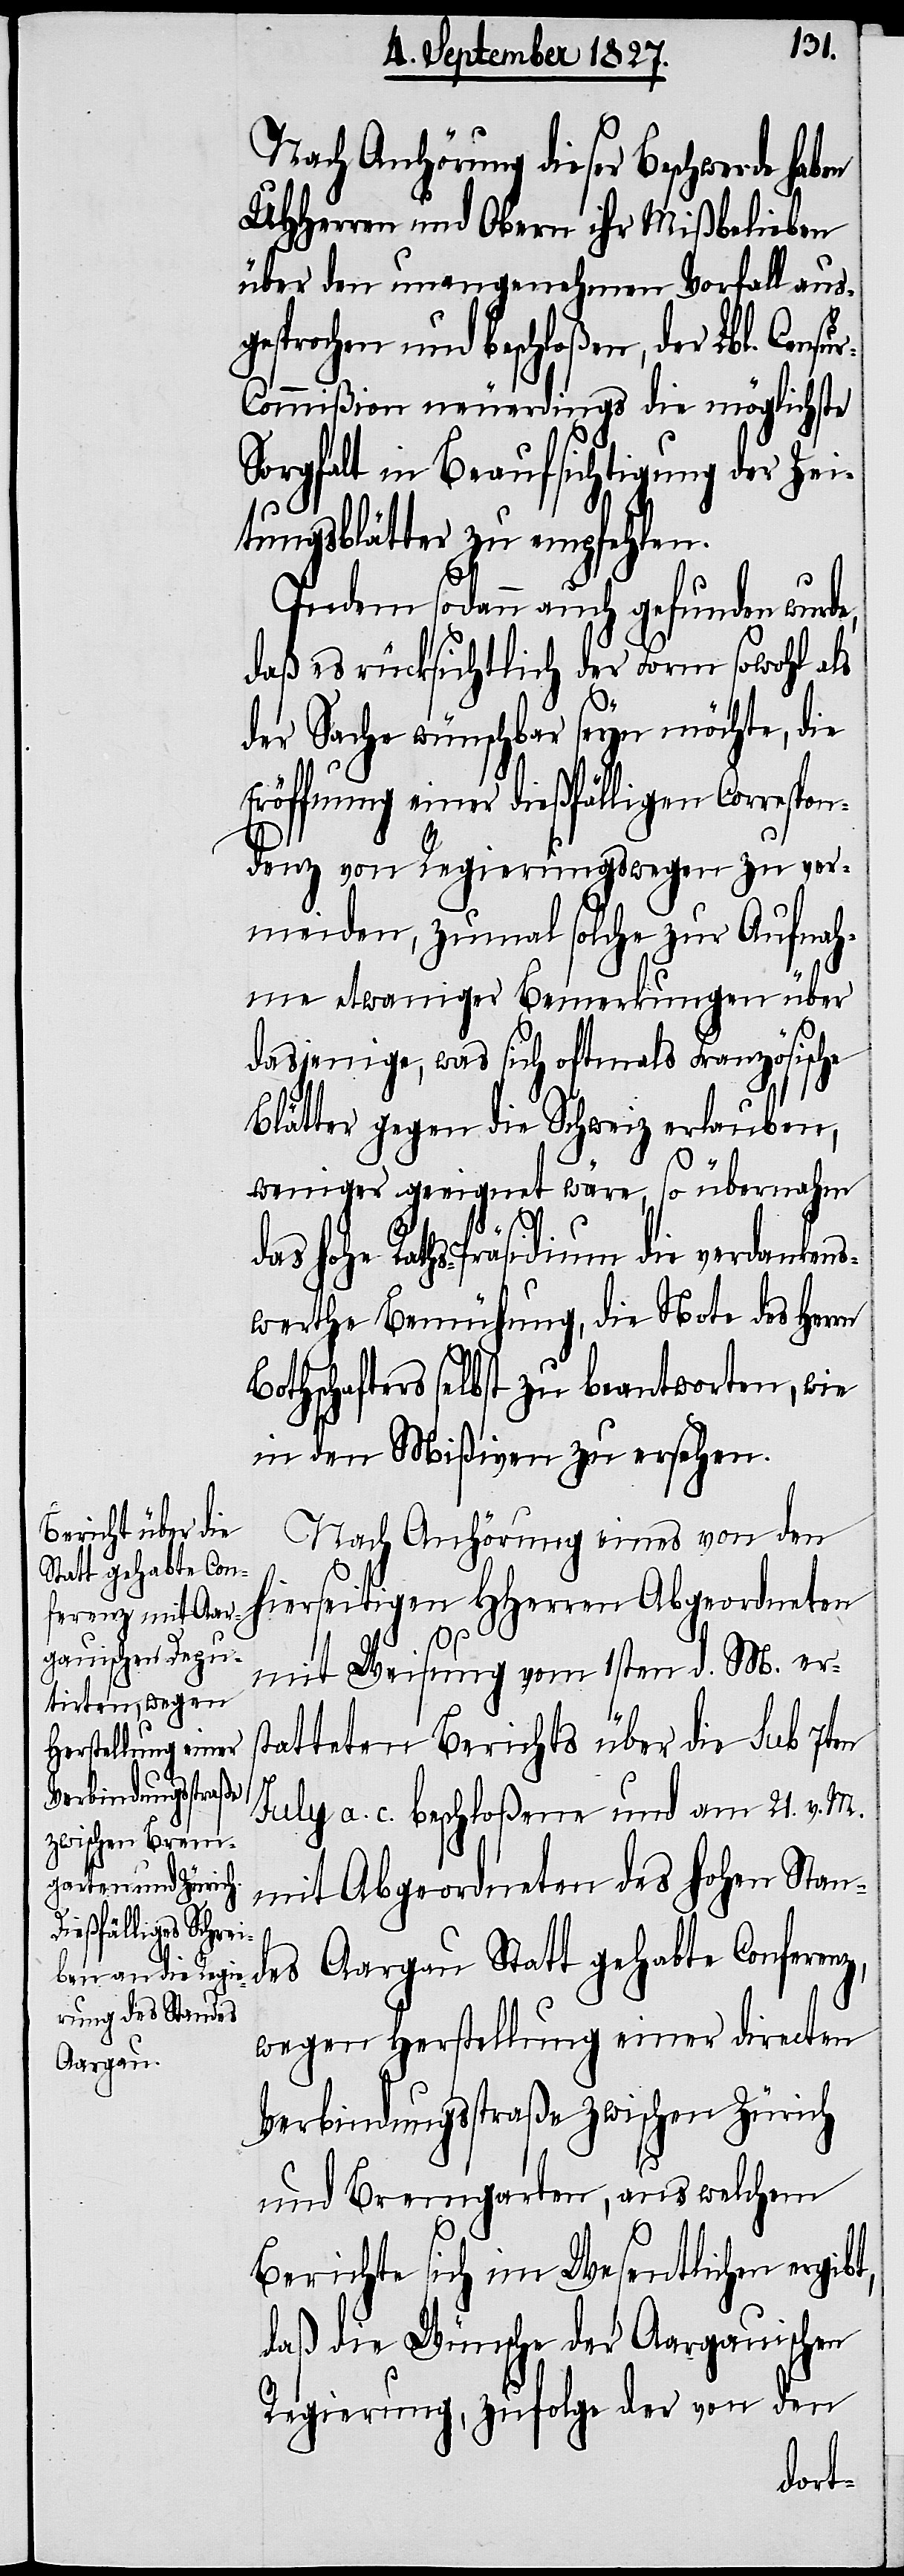
t,

Nach Anhörung dieser Beschwerde haben
UHHerren und Obern ihr Mißbelieben
über den unangenehmen Vorfall aus¬
gesprochen und beschloßen, der Lbl. Censu¬
r-Commißion neuerdings die möglichste
Sorgfalt in Beaufsichtigung der Zei¬
tungsblätter zu empfehlen.
Indem sodann auch gefunden wurde,
daß es rücksichtlich der Form sowohl als
der Sache wünschbar seyn möchte, die
Eröffnung einer dießfälligen Correspon¬
denz von Regierungswegen zu ver¬
meiden, zumal solche zur Aufnah¬
me etwaniger Bemerkungen über
dasjenige, was sich oftmals Französische
Blätter gegen die Schweiz erlauben,
weniger geeignet wäre, so übernahm
das hohe Raths-Präsidium die verdankens¬
werthe Bemühung, die Note des Herrn
Bothschafters selbst zu beantworten, wie
in den Mißiven zu ersehen.
Nach Anhörung eines von den
seitigen HHerren Abgeordneten
hier¬
mit Weisung vom 1sten d. M. er¬
statteten Berichts über die sub 7ten
July a. c. beschloßene und am 21. v. M.
mit Abgeordneten des hohen Stan¬
des Aargau Statt gehabte Conferenz,
wegen Herstellung einer directen
Verbindungsstraße zwischen Zürich
und Bremgarten, aus welchem
Berichte sich im Wesentlichen ergib¬
daß die Wünsche der Aargauischen
Regierung, zufolge der von den